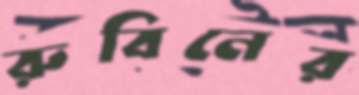
রুবিনের